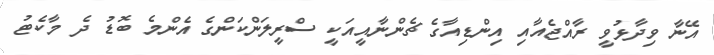
އޭނާ ވިދާޅުވީ ރާއްޖެއާއި އިންޑިއާގެ ޗެންނާއީއަކީ ސްރީލަންކަންގެ އެންމެ ބޮޑު ދެ މާކެޓު